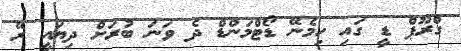
ގްރޫޕް ޑީ ގައި ހިމެނޭ ޑޯޓްމަންޑް ދެ ވަނަ ބުރަށް ދިޔައީ ރޭ